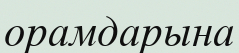
орамдарына